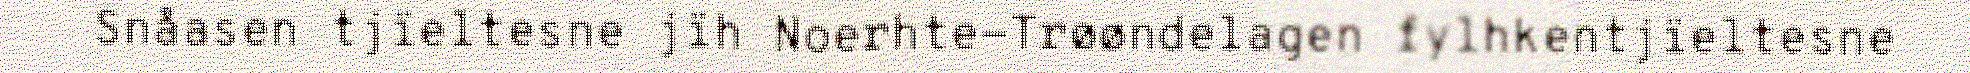
Snåasen tjïeltesne jïh Noerhte-Trøøndelagen fylhkentjïeltesne